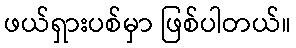
ဖယ်ရှားပစ်မှာ ဖြစ်ပါတယ်။